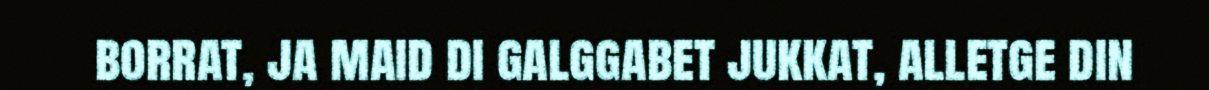
borrat, ja maid di galggabet jukkat, alletge din